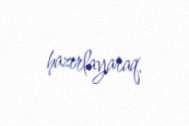
hazırlayaraq.